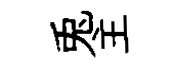
兎主